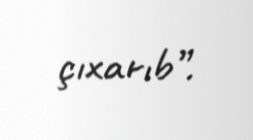
çıxarıb”.